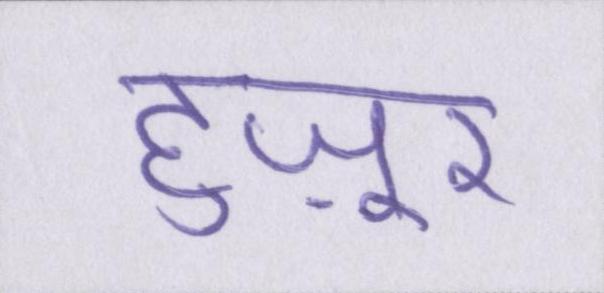
हुज़ूर